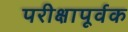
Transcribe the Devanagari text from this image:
परीक्षापूर्वक